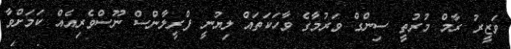
ވަޒީރު ރާމް މުރުތީ ސިންގް ވަރުމާގެ ވާހަކަތައް ލިޔުނީ ފްރީލާންސް ނޫސްވެރިއެއް ކަމަށްވާ